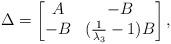
LaTeX: \begin{align*}\Delta=\begin{bmatrix} A & - B\\- B& (\frac{1}{\lambda_3}-1) B\end{bmatrix},\end{align*}